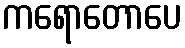
ကရောတောပေ